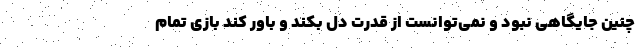
چنین جایگاهی نبود و نمی‌توانست از قدرت دل بکند و باور کند بازی تمام